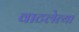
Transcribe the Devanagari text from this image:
वाटलेत्या